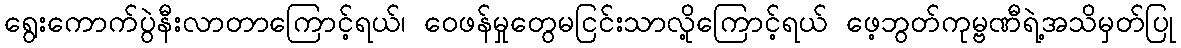
ရွေးကောက်ပွဲနီးလာတာကြောင့်ရယ်၊ ဝေဖန်မှုတွေမငြင်းသာလို့ကြောင့်ရယ် ဖေ့ဘွတ်ကုမ္ဗဏီရဲ့အသိမှတ်ပြု